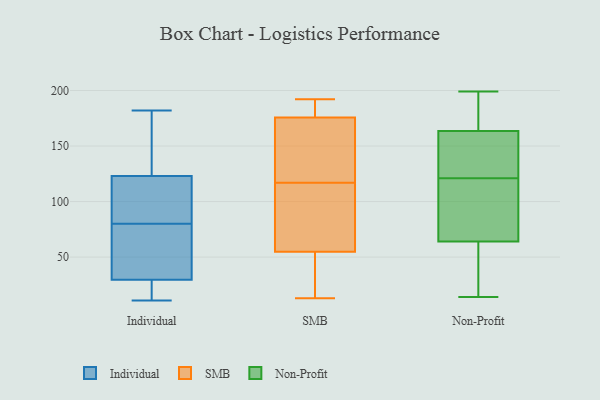
{"axis": {"x": "Demand Index", "y": "Value"}, "legend": ["Individual", "Non-Profit", "SMB"], "data": [{"x": "", "y": 43, "type": "Individual"}, {"x": "", "y": 91, "type": "Individual"}, {"x": "", "y": 108, "type": "Individual"}, {"x": "", "y": 16, "type": "Individual"}, {"x": "", "y": 69, "type": "Individual"}, {"x": "", "y": 161, "type": "Individual"}, {"x": "", "y": 11, "type": "Individual"}, {"x": "", "y": 107, "type": "Individual"}, {"x": "", "y": 138, "type": "Individual"}, {"x": "", "y": 11, "type": "Individual"}, {"x": "", "y": 48, "type": "Individual"}, {"x": "", "y": 182, "type": "Individual"}, {"x": "", "y": 62, "type": "SMB"}, {"x": "", "y": 174, "type": "SMB"}, {"x": "", "y": 156, "type": "SMB"}, {"x": "", "y": 129, "type": "SMB"}, {"x": "", "y": 78, "type": "SMB"}, {"x": "", "y": 117, "type": "SMB"}, {"x": "", "y": 192, "type": "SMB"}, {"x": "", "y": 33, "type": "SMB"}, {"x": "", "y": 13, "type": "SMB"}, {"x": "", "y": 90, "type": "SMB"}, {"x": "", "y": 149, "type": "SMB"}, {"x": "", "y": 18, "type": "SMB"}, {"x": "", "y": 181, "type": "SMB"}, {"x": "", "y": 70, "type": "SMB"}, {"x": "", "y": 186, "type": "SMB"}, {"x": "", "y": 181, "type": "SMB"}, {"x": "", "y": 15, "type": "SMB"}, {"x": "", "y": 31, "type": "Non-Profit"}, {"x": "", "y": 64, "type": "Non-Profit"}, {"x": "", "y": 181, "type": "Non-Profit"}, {"x": "", "y": 68, "type": "Non-Profit"}, {"x": "", "y": 199, "type": "Non-Profit"}, {"x": "", "y": 68, "type": "Non-Profit"}, {"x": "", "y": 179, "type": "Non-Profit"}, {"x": "", "y": 158, "type": "Non-Profit"}, {"x": "", "y": 155, "type": "Non-Profit"}, {"x": "", "y": 132, "type": "Non-Profit"}, {"x": "", "y": 14, "type": "Non-Profit"}, {"x": "", "y": 14, "type": "Non-Profit"}, {"x": "", "y": 58, "type": "Non-Profit"}, {"x": "", "y": 166, "type": "Non-Profit"}, {"x": "", "y": 110, "type": "Non-Profit"}, {"x": "", "y": 192, "type": "Non-Profit"}, {"x": "", "y": 134, "type": "Non-Profit"}, {"x": "", "y": 161, "type": "Non-Profit"}, {"x": "", "y": 64, "type": "Non-Profit"}, {"x": "", "y": 64, "type": "Non-Profit"}]}